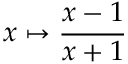
x \mapsto { \frac { x - 1 } { x + 1 } }